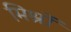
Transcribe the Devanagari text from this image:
मिश्रों